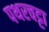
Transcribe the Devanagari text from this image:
पथरचट्टा